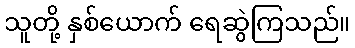
သူတို့ နှစ်ယောက် ရေဆွဲကြသည်။